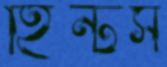
হিন্টস